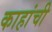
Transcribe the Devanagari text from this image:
काहांची